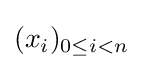
(x_{i})_{0\leq i<n}